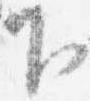
下